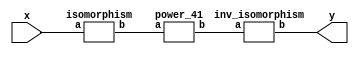
`timescale 1ns/100ps
module SMSS32_41_np_16_6(x,y);
	 input [5:0] x;
	 output [5:0] y;
	 wire [5:0] w;
	 wire [5:0] p;
	 isomorphism C2 (x,w);
	 power_41 C3 (w,p);
	 inv_isomorphism C4 (p,y);
endmodule

module add_base(a,b,c);
	 input [2:0] a;
	 input [2:0] b;
	 output [2:0] c;
	 assign c[0]=a[0]^b[0];
	 assign c[1]=a[1]^b[1];
	 assign c[2]=a[2]^b[2];
endmodule

module multiplication_base(a,b,c);
	 input [2:0] a;
	 input [2:0] b;
	 output [2:0] c;
	 assign c[0]=(a[0]&b[0])^(a[1]&b[2])^(a[2]&b[1])^(a[2]&b[2]);
	 assign c[1]=(a[0]&b[1])^(a[1]&b[0])^(a[2]&b[2]);
	 assign c[2]=(a[2]&b[0])^(a[1]&b[1])^(a[0]&b[2])^(a[1]&b[2])^(a[2]&b[1])^(a[2]&b[2]);
endmodule

module square_base(a,b);
	 input [2:0] a;
	 output[2:0] b;
	 assign b[0]=a[0]^a[2];
	 assign b[1]=a[2];
	 assign b[2]=a[1]^a[2];
endmodule

module four_base(a,b);
	 input [2:0] a;
	 output[2:0] b;
	 assign b[0]=a[0]^a[1];
	 assign b[1]=a[1]^a[2];
	 assign b[2]=a[1];
endmodule

module power_41(a,b);
	 input [5:0] a;
	 output [5:0] b;
	 wire [2:0] x_0;
	 wire [2:0] x_1;
	 wire [2:0] x_2;
	 wire [2:0] x_3;
	 wire [2:0] x_4;
	 wire [2:0] x_5;
	 wire [2:0] x_6;
	 wire [2:0] x_7;
	 wire [2:0] y_0;
	 wire [2:0] y_1;
	 assign x_0[0]=a[0];
	 assign x_0[1]=a[1];
	 assign x_0[2]=a[2];
	 assign x_1[0]=a[3];
	 assign x_1[1]=a[4];
	 assign x_1[2]=a[5];
	 four_base  A1 (x_0,x_2);
	 four_base A2 (x_1,x_3);
	 add_base A3 (x_0,x_1,x_4);
	 square_base  A4 (x_4,x_5);
	 multiplication_base A5 (x_0,x_1,x_6);
	 add_base A6 (x_5,x_6,x_7);
	 multiplication_base A7 (x_2,x_7,y_0);
	 multiplication_base A8 (x_3,x_7,y_1);
	 assign b[0]=y_1[0];
	 assign b[1]=y_1[1];
	 assign b[2]=y_1[2];
	 assign b[3]=y_0[0];
	 assign b[4]=y_0[1];
	 assign b[5]=y_0[2];
endmodule

module inv_isomorphism(a,b);
	 input [5:0] a;
	 output [5:0] b;
	 assign b[0]=a[1]^a[2]^a[4];
	 assign b[1]=a[1]^a[2]^a[3]^a[5];
	 assign b[2]=a[0]^a[5];
	 assign b[3]=a[4];
	 assign b[4]=a[2];
	 assign b[5]=a[0]^a[2]^a[4];
endmodule

module isomorphism(a,b);
	 input [5:0] a;
	 output [5:0] b;
	 assign b[0]=a[0]^a[2]^a[5];
	 assign b[1]=a[4];
	 assign b[2]=a[1]^a[2];
	 assign b[3]=a[0]^a[4]^a[5];
	 assign b[4]=a[1]^a[2]^a[4]^a[5];
	 assign b[5]=a[2]^a[3]^a[4]^a[5];
endmodule